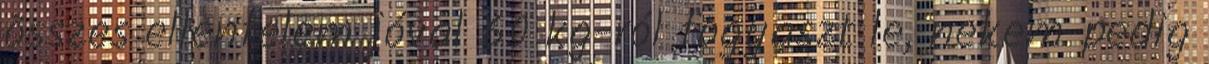
összes ellenfelem jóval 60 kg-ról fogyaszt le, nekem pedig